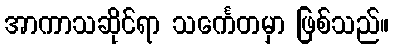
အာကာသဆိုင်ရာ သင်္ကေတမှာ ဖြစ်သည်။